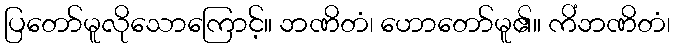
ပြတော်မူလိုသောကြောင့်။ ဘဏိတံ၊ ဟောတော်မူ၏။ ကိံဘဏိတံ၊